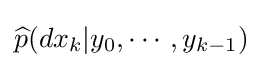
{\widehat {p}}(dx_{k}|y_{0},\cdots ,y_{k-1})